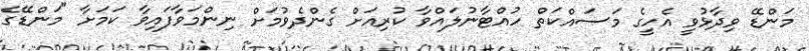
މަންޑޭ ވިދާޅުވީ އެހީގެ މަސައްކަތް ހުއްޓާނުލައްވާ ކުރިއަށް ގެންދެވުމަށް ނިންމަވާފައިވާ ކަމަށާ "މަންޑޭގެ